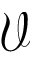
\mathcal { V }